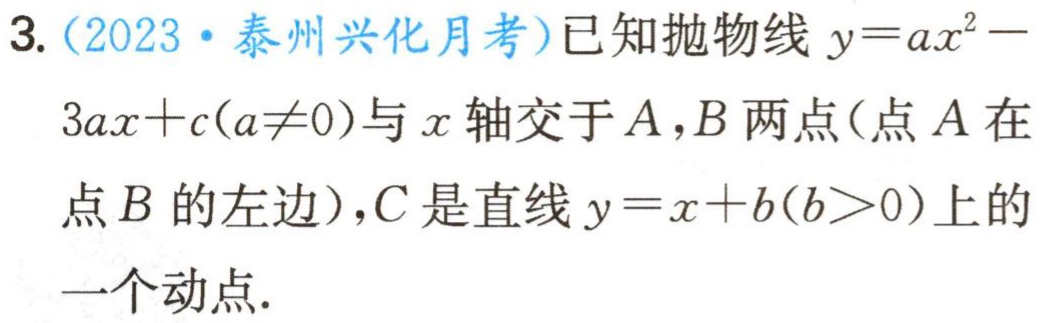
3. (2023·泰州兴化月考)已知抛物线$y = ax^{2}-3ax + c(a\neq0)$与$x$轴交于$A,B$两点(点$A$在点$B$的左边)，$C$是直线$y = x + b(b>0)$上的一个动点.